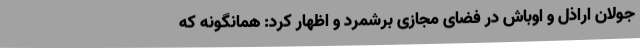
جولان اراذل و اوباش در فضای مجازی برشمرد و اظهار کرد: همانگونه که